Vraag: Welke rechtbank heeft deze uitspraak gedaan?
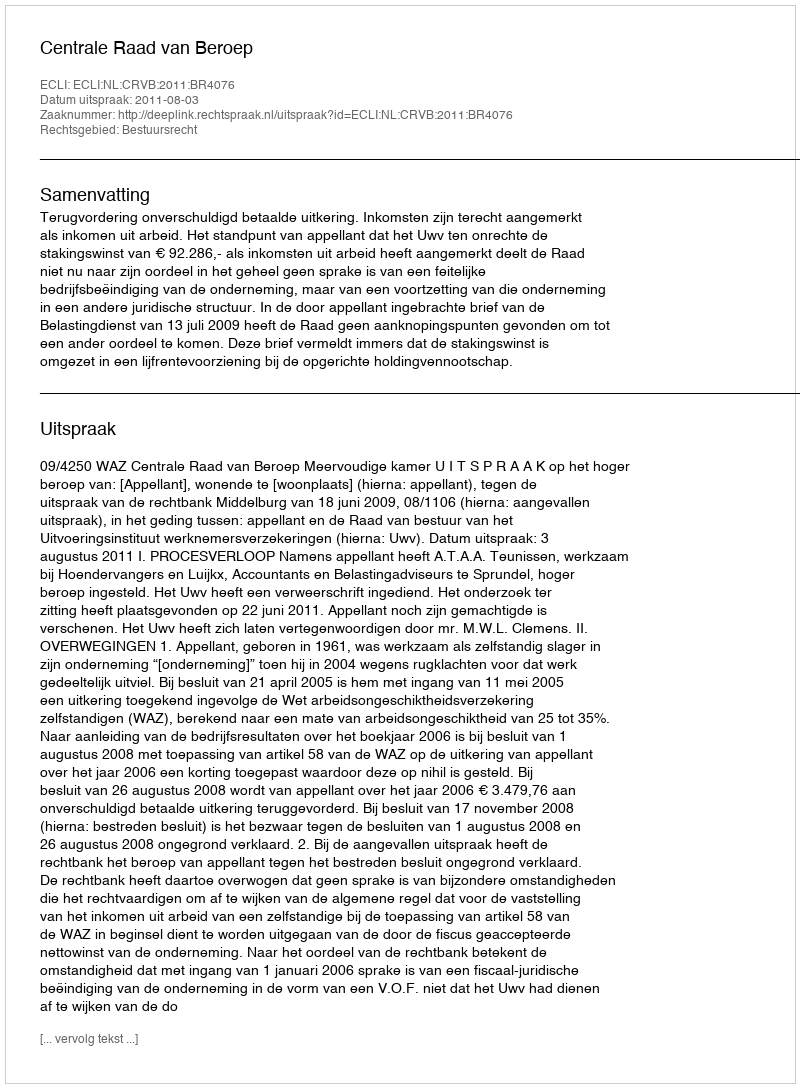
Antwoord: Centrale Raad van Beroep